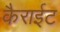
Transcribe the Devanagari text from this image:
कैराईट